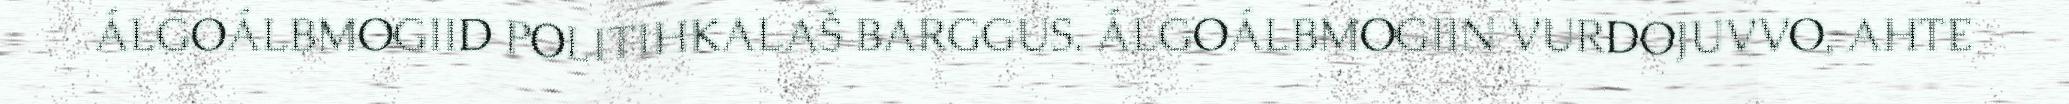
ÁLGOÁLBMOGIID POLITIHKALAŠ BARGGUS. ÁLGOÁLBMOGIIN VURDOJUVVO, AHTE